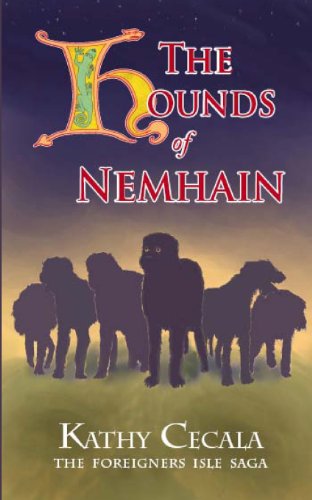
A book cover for The Hounds of Nemhain; Kathy Cecala; Teen & Young Adult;